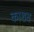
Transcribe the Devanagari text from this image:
काशब